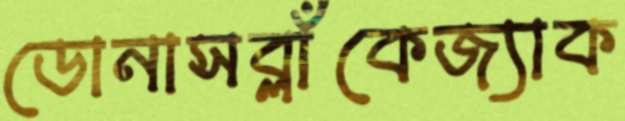
ডোনাসব্লাঁকেজ্যাক